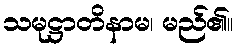
သမုဋ္ဌာတိနာမ၊ မည်၏။